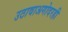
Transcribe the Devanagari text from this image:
उठावाअगोदरही